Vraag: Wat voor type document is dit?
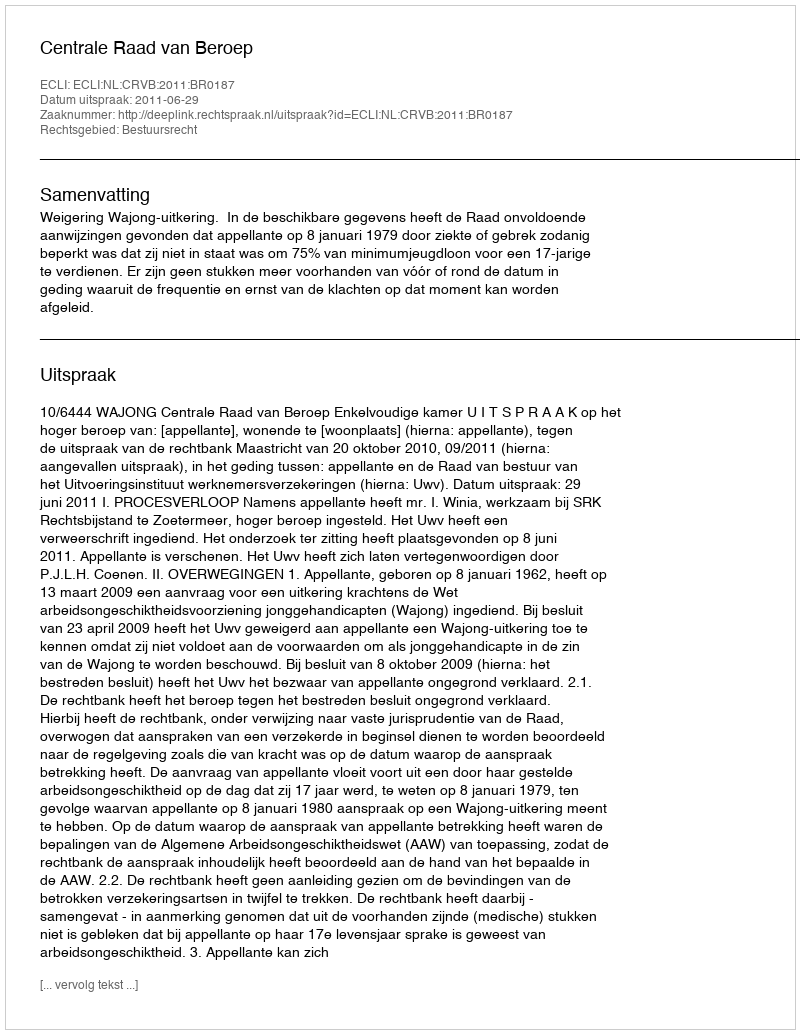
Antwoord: Uitspraak